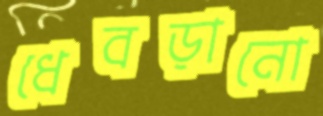
ধেবড়ানো